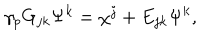
LaTeX: \gamma _ { p } G _ { j k } \Psi ^ { k } = \chi ^ { j } + E _ { j k } \Psi ^ { k } ,